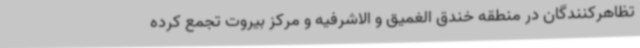
تظاهرکنندگان در منطقه خندق الغمیق و الاشرفیه و مرکز بیروت تجمع کرده